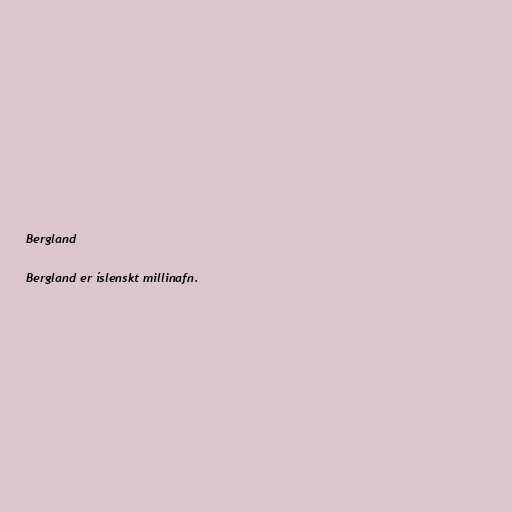
Bergland

Bergland er íslenskt millinafn.